Scottish Leaving Certificate Examination, 1957
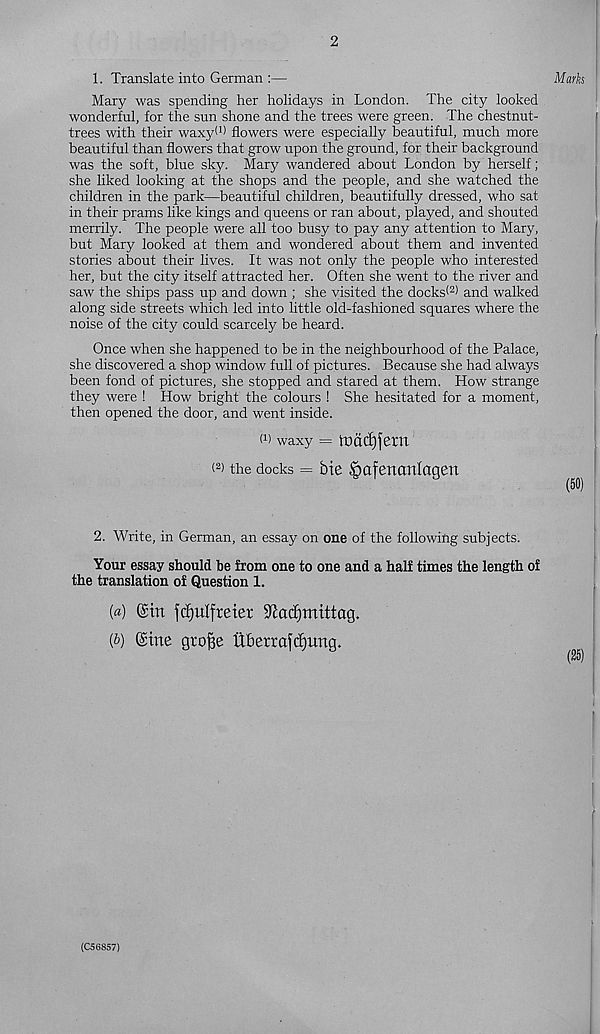
2
1. Translate into German :—
Mary was spending her holidays in London. The city looked
wonderful, for the sun shone and the trees were green. The chestnut-
trees with their waxy! 1 ) flowers were especially beautiful, much more
beautiful than flowers that grow upon the ground, for their background
was the soft, blue sky. Mary wandered about London by herself;
she liked looking at the shops and the people, and she watched the
children in the park—beautiful children, beautifully dressed, who sat
in their prams like kings and queens or ran about, played, and shouted
merrily. The people were all too busy to pay any attention to Mary,
but Mary looked at them and wondered about them and invented
stories about their lives. It was not only the people who interested
her, but the city itself attracted her. Often she went to the river and
saw the ships pass up and down ; she visited the docks* 2 ) and walked
along side streets which led into little old-fashioned squares where the
noise of the city could scarcely be heard.
Once when she happened to be in the neighbourhood of the Palace,
she discovered a shop window full of pictures. Because she had always
been fond of pictures, she stopped and stared at them. How strange
they were ! How bright the colours ! She hesitated for a moment,
then opened the door, and went inside.
W waxy = ft)ac£)jeXtt
* 2 > the docks = bie Jpaferumlagen
2. Write, in German, an essay on one of the following subjects.
Your essay should toe from one to one and a half times the length of
the translation of Question 1.
(«) ©in ftf)ulfreier Sftadjmittag.
{b) ©ine grofje ftberraj'cfjimg.
Marks
(50)
(25)
(C56857)